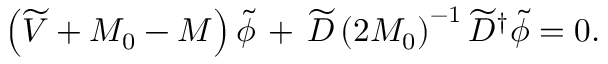
\left( \widetilde { V } + M _ { 0 } - M \right) \widetilde { \phi } \, + \, \widetilde { D } \left( 2 M _ { 0 } \right) ^ { - 1 } \widetilde { D } ^ { \dagger } \widetilde { \phi } = 0 .